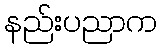
နည်းပညာက